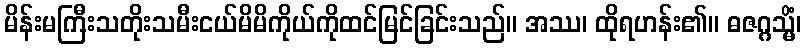
မိန်းမကြီးသတိုးသမီးငယ်မိမိကိုယ်ကိုထင်မြင်ခြင်းသည်။ အဿ၊ ထိုရဟန်း၏။ ဓဇဂ္ဂသ္မိံ၊